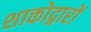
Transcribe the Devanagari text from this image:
शाकोद्गारों